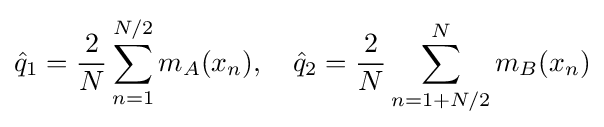
{\hat {q}}_{1}={\frac {2}{N}}\sum \limits _{n=1}^{N/2}m_{A}(x_{n}),\quad {\hat {q}}_{2}={\frac {2}{N}}\sum \limits _{n=1+N/2}^{N}m_{B}(x_{n})